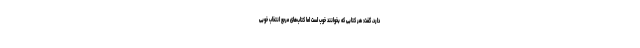
دارد، گفت: هر کتابی که بخوانند خوب است اما کتاب‌های مرجع انتخاب خوبی